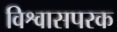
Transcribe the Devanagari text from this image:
विश्वासपरक